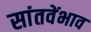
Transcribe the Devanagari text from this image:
सांतवेंभाव